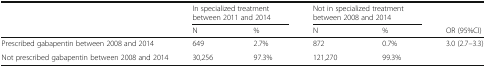
<table><thead><tr><td></td><td colspan="2"><b>In specialized treatment between 2011 and 2014</b></td><td colspan="2"><b>Not in specialized treatment between 2008 and 2014</b></td><td></td></tr><tr><td></td><td><b>N</b></td><td><b>%</b></td><td><b>N</b></td><td><b>%</b></td><td><b>OR (95%CI)</b></td></tr></thead><tbody><tr><td>Prescribed gabapentin between 2008 and 2014</td><td>649</td><td>2.7%</td><td>872</td><td>0.7%</td><td>3.0 (2.7–3.3)</td></tr><tr><td>Not prescribed gabapentin between 2008 and 2014</td><td>30,256</td><td>97.3%</td><td>121,270</td><td>99.3%</td><td></td></tr></tbody></table>